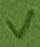
Text: V